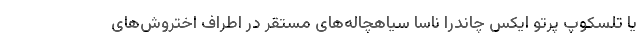
یا تلسکوپ پرتو ایکس چاندرا ناسا سیاهچاله‌های مستقر در اطراف اختروش‌های